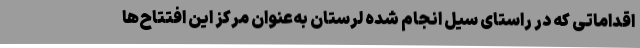
اقداماتی که در راستای سیل انجام شده لرستان به‌عنوان مرکز این افتتاح‌ها